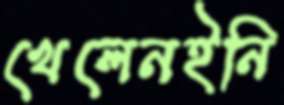
খেলেনইনি